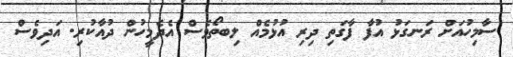
ސާމިހުއަށް ރަނގަޅު އުފާ ފާގަތި ދިރި އުޅުމެއް ލިބތޯވެސް އެދެމީހުން ދުއާކުރި. އަދިވެސް